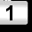
Digit: 1